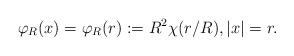
LaTeX: \begin{align*}\varphi_R(x)= \varphi_R(r):= R^2 \chi(r/R), |x|=r.\end{align*}